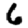
Digit: 6